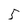
Character: 5